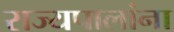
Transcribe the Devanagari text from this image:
राज्यपालांना